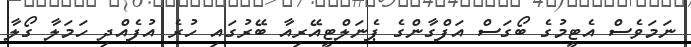
ނަމަވެސް އެޓީމުގެ ބޯގަސް އަފްގާންގެ ޕެނަލްޓީއޭރިއާ ބޭރުގައި ހުރެ އުފެއްދި ހަމަލާ ގޯލާ